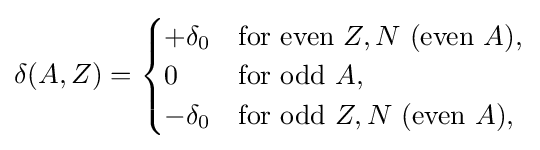
\delta (A,Z)={\begin{cases}+\delta _{0}&{\text{for even }}Z,N~({\text{even }}A),\\0&{\text{for odd }}A,\\-\delta _{0}&{\text{for odd }}Z,N~({\text{even }}A),\end{cases}}